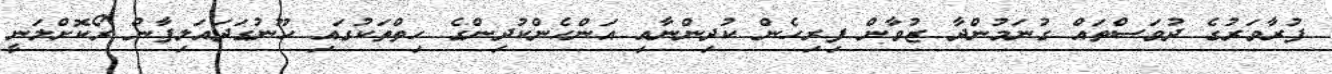
ފުރާވަރުގެ ދުވަސްތައް ގުނަމުންދާ ޒުވާން ފިރިހެން ކުދިންނާއި އަންހެންކުދިންގެ ހިތްތަކުގައި ހޫނުގަދައަލިފާން ރޯކޮށްލަނީ